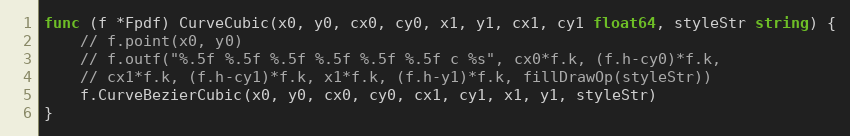
Language: Go
func (f *Fpdf) CurveCubic(x0, y0, cx0, cy0, x1, y1, cx1, cy1 float64, styleStr string) {
	// f.point(x0, y0)
	// f.outf("%.5f %.5f %.5f %.5f %.5f %.5f c %s", cx0*f.k, (f.h-cy0)*f.k,
	// cx1*f.k, (f.h-cy1)*f.k, x1*f.k, (f.h-y1)*f.k, fillDrawOp(styleStr))
	f.CurveBezierCubic(x0, y0, cx0, cy0, cx1, cy1, x1, y1, styleStr)
}